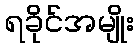
ရခိုင်အမျိုး